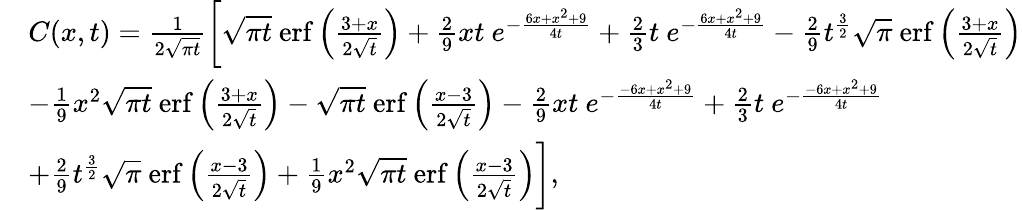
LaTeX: \begin{array}{rl}&{C(x,t)=\frac{1}{2\sqrt{\pi t}}\bigg[\sqrt{\pi t}\ \mathrm{erf}\left(\frac{3+x}{2\sqrt{t}}\right)+\frac{2}{9}xt\ e^{-\frac{6x+x^{2}+9}{4t}}+\frac{2}{3}t\ e^{-\frac{6x+x^{2}+9}{4t}}-\frac{2}{9}t^{\frac{3}{2}}\sqrt{\pi}\ \mathrm{erf}\left(\frac{3+x}{2\sqrt{t}}\right)}\\ &{-\frac{1}{9}x^{2}\sqrt{\pi t}\ \mathrm{erf}\left(\frac{3+x}{2\sqrt{t}}\right)-\sqrt{\pi t}\ \mathrm{erf}\left(\frac{x-3}{2\sqrt{t}}\right)-\frac{2}{9}xt\ e^{-\frac{-6x+x^{2}+9}{4t}}+\frac{2}{3}t\ e^{-\frac{-6x+x^{2}+9}{4t}}}\\ &{+\frac{2}{9}t^{\frac{3}{2}}\sqrt{\pi}\ \mathrm{erf}\left(\frac{x-3}{2\sqrt{t}}\right)+\frac{1}{9}x^{2}\sqrt{\pi t}\ \mathrm{erf}\left(\frac{x-3}{2\sqrt{t}}\right)\bigg],}\end{array}